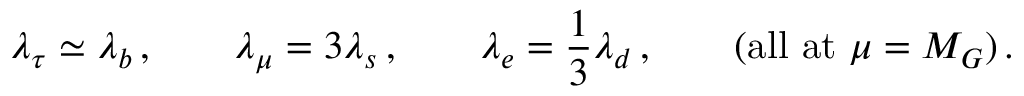
\lambda _ { \tau } \simeq \lambda _ { b } \, , \qquad \lambda _ { \mu } = 3 \lambda _ { s } \, , \qquad \lambda _ { e } = { \frac { 1 } { 3 } } \lambda _ { d } \, , \qquad ( \mathrm { a l l \ a t } \ \mu = M _ { G } ) \, .